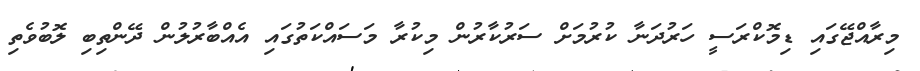
މިރާއްޖޭގައި ޑިމޮކްރަސީ ހަރުދަނާ ކުރުމަށް ސަރުކާރުން މިކުރާ މަސައްކަތުގައި އެއްބާރުލުން ދޭންތިބި ލޮބުވެތި